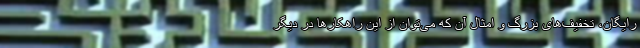
رایگان، تخفیف‌های بزرگ و امثال آن که می‌توان از این راهکارها در دیگر